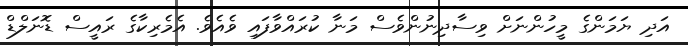
އަދި ޔަމަންގެ މީހުންނަށް ވިސާދިނުންވެސް މަނާ ކުރައްވާފައި ވެއެވެ. އެމެރިކާގެ ރައީސް ޑޮނަލްޑް